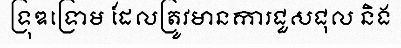
ទ្រុឌទ្រោម ដែលត្រូវមានការជួសជុល និង